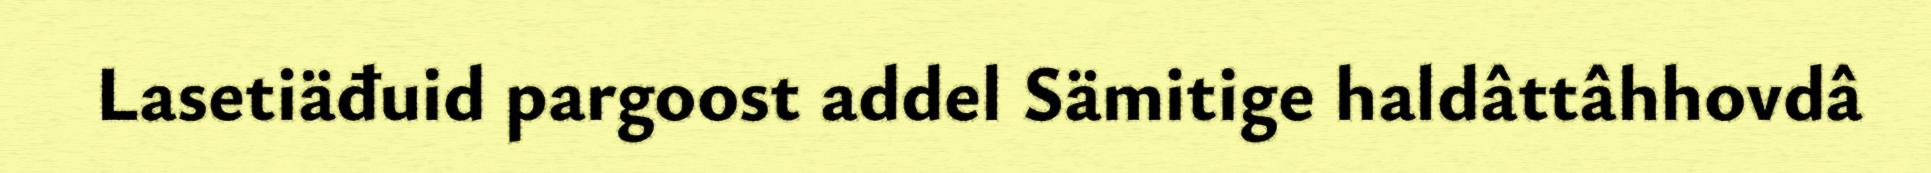
Lasetiäđuid pargoost addel Sämitige haldâttâhhovdâ